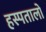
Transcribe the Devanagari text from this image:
हस्पतालों